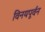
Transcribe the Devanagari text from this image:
विनयपूर्वन